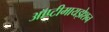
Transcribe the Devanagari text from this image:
ऑप्टीमायझेशन